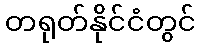
တရုတ်နိုင်ငံတွင်